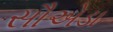
સૌએડા